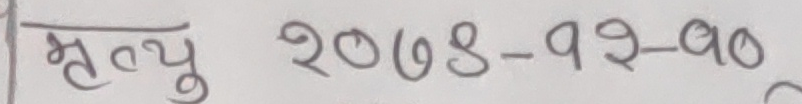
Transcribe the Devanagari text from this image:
मृत्यु २०७४-१२-१०